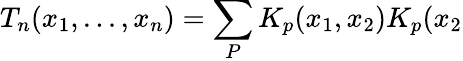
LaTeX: T_{n}(x_{1},...,x_{n})=\sum_{P}K_{p}(x_{1},x_{2})K_{p}(x_{2}